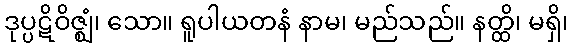
ဒုပ္ပဋိဝိဇ္ဈံ၊ သော။ ရူပါယတနံ နာမ၊ မည်သည်။ နတ္ထိ၊ မရှိ၊